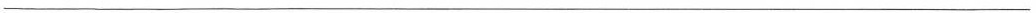
___